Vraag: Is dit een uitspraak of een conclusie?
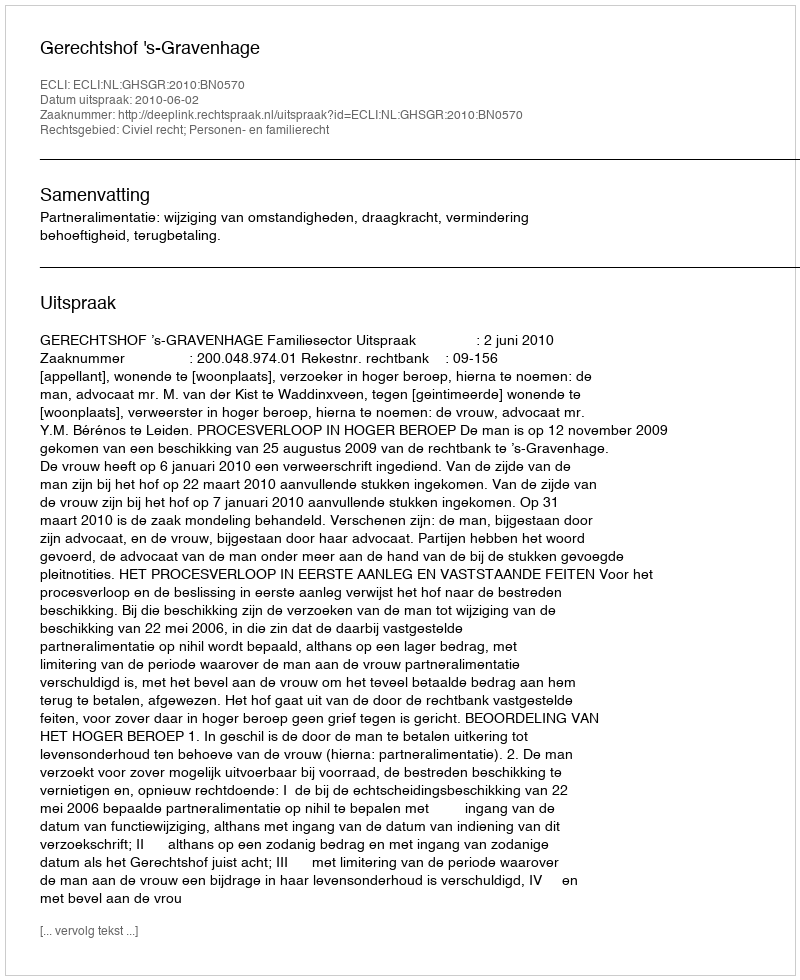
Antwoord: Uitspraak